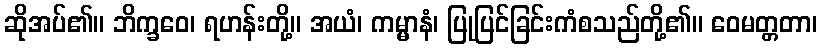
ဆိုအပ်၏။ ဘိက္ခဝေ၊ ရဟန်းတို့။ အယံ၊ ကမ္မာနံ၊ ပြုပြင်ခြင်းကံစသည်တို့၏။ ဝေမတ္တတာ၊